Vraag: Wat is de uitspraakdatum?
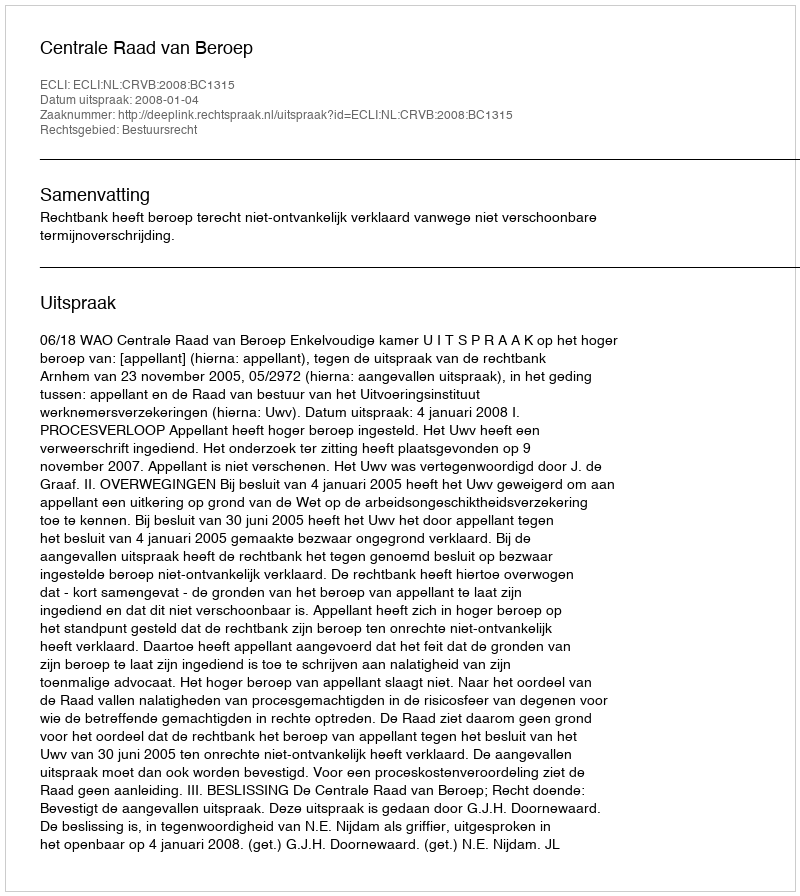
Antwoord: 2008-01-04